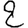
Digit: 2